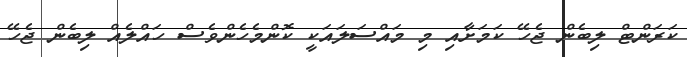
ކަރަންޓް ލިބެން ޖެހޭ ކަމަށާއި މި މައްސަލައަކީ ކޮންމެހެންވެސް ހައްލެއް ލިބެން ޖެހޭ